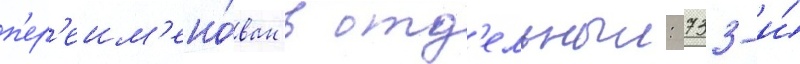
п'ер'еим'ено́ван в отд'ельныи: 733-и́